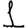
Digit: 1